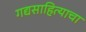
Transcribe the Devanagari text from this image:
गद्यसाहित्याचा